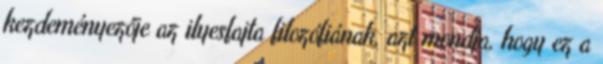
kezdeményezője az ilyesfajta filozófiának, azt mondja, hogy ez a